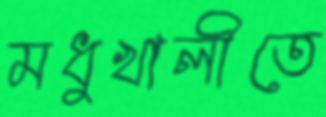
মধুখালীতে